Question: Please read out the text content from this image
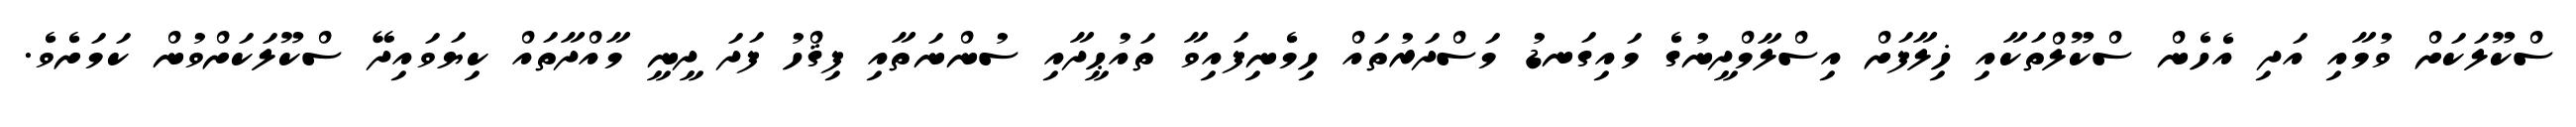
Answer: ސްކޫލަކަށް ވުމާއި އަދި އެހެން ސްކޫލްތަކާއި ޚިލާފަށް އިސްލާމްދީނުގެ މައިގަނޑު މަސްދަރުތައް ހިމެނިފައިވާ ތައުޙީދާއި ސުންނަތާއި ފިޤްހު ފަދަ ދީނީ މާއްދާތައް ކިޔަވައިދޭ ސްކޫލަކަށްވުން ކަމަށެވެ.